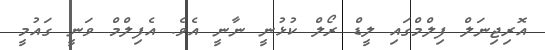
އޮރިޖިނަލް ފިލްމްގައި ލީޑް ރޯލް ކުޅުނީ ނާނީ އެވެ. އެފިލްމް ވަނީ ގައުމީ